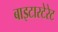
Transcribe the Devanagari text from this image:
बाइटारटेरेट